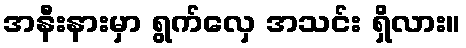
အနီးနားမှာ ရွက်လှေ အသင်း ရှိလား။